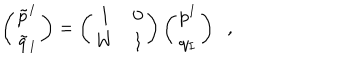
\left( \begin{matrix} { { \tilde { p } ^ { I } } } \\ { { \tilde { q } _ { I } } } \\ \end{matrix} \right) = \left( \begin{matrix} { { 1 } } & { { 0 } } \\ { { W } } & { { 1 } } \\ \end{matrix} \right) \left( \begin{matrix} { { p ^ { I } } } \\ { { q _ { I } } } \\ \end{matrix} \right) \; \; ,